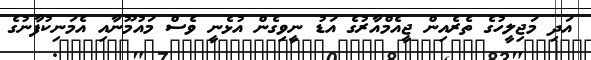
އަދި މަޖިލީހުގެ ތެރެއިން ޖީއެމްއާރުގެ އަޑު ނީވިގެން އުޅެނީ ވެސް މައުމޫނާއި އެމަނިކުފާނުގެ